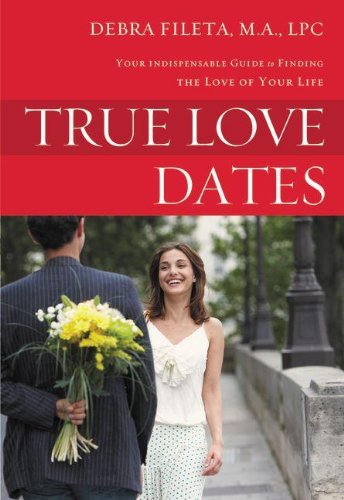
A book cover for True Love Dates: Your Indispensable Guide to Finding the Love of your Life; Debra K. Fileta; Self-Help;